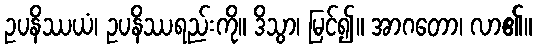
ဥပနိဿယံ၊ ဥပနိဿရည်းကို။ ဒိသွာ၊ မြင်၍။ အာဂတော၊ လာ၏။